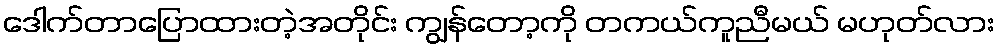
ဒေါက်တာပြောထားတဲ့အတိုင်း ကျွန်တော့ကို တကယ်ကူညီမယ် မဟုတ်လား